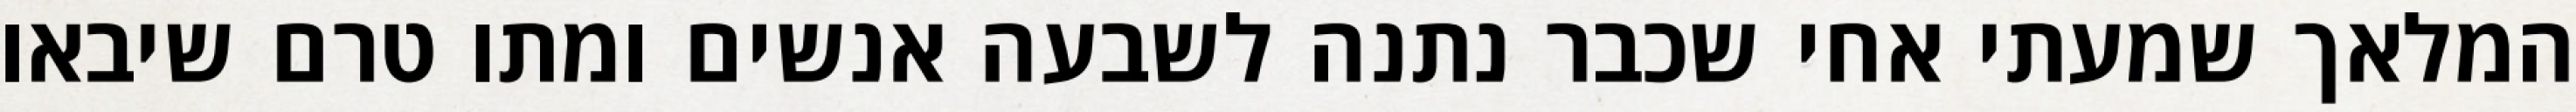
המלאך שמעתי אחי שכבר נתנה לשבעה אנשים ומתו טרם שיבאו